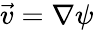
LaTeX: \vec{v}=\nabla\psi